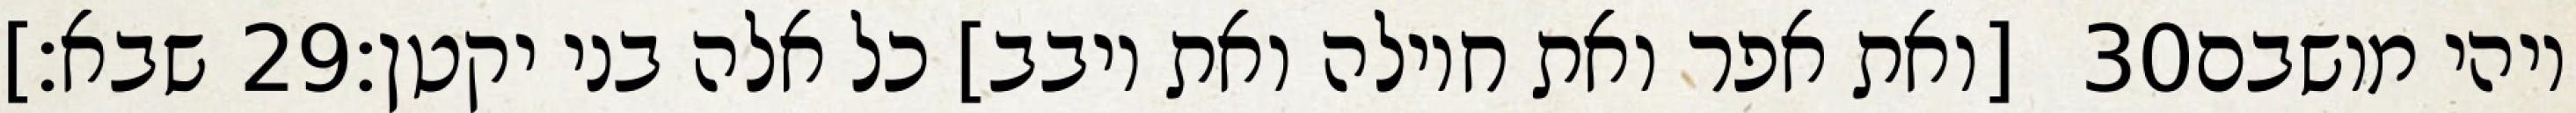
שבא׃] ‎29‏ [ואת אפר ואת חוילה ואת יובב] כל אלה בני יקטן׃ ‎30‏ ויהי מושבם